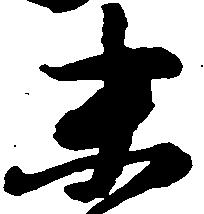
末